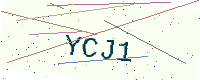
Text: YCJ1